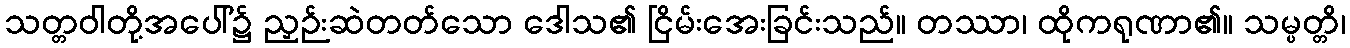
သတ္တဝါတို့အပေါ်၌ ညှဉ်းဆဲတတ်သော ဒေါသ၏ ငြိမ်းအေးခြင်းသည်။ တဿာ၊ ထိုကရုဏာ၏။ သမ္ပတ္တိ၊